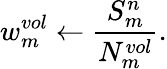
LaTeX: w_{m}^{vol}\leftarrow\frac{S_{m}^{n}}{N_{m}^{vol}}.